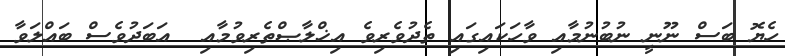
ހެޔޮ ބަސް ނޫނީ ނުބުނުމާއި ވާހަކައިގައި ތެދުވެރިވެ އިޚްލާޞްތެރިވުމާއި  އަބަދުވެސް ބައްލަވާ